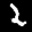
Label: 2